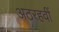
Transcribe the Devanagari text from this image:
अठरहवीं